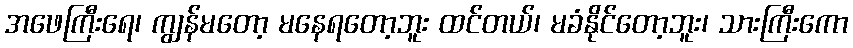
အဖေကြီးရေ၊ ကျွန်မတော့ မနေရတော့ဘူး ထင်တယ်၊ မခံနိုင်တော့ဘူး၊ သားကြီးကော